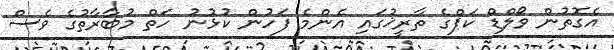
އެގޮތުން ވޯލްޑް ކަޕްގެ ތާރީޚުގައި އެންމެ ފަހުން ކުޅުނު ހަތް މުބާރާތުގެ ވެސް